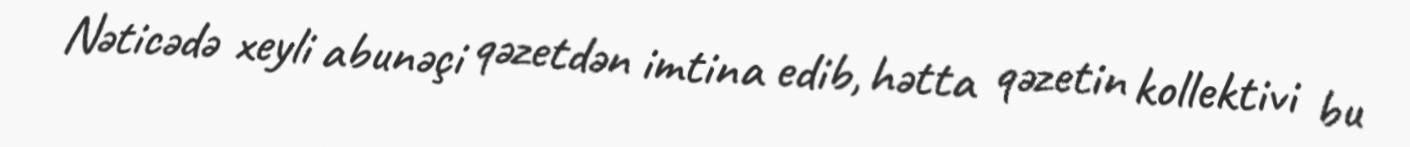
Nəticədə xeyli abunəçi qəzetdən imtina edib, hətta qəzetin kollektivi bu